Leaving Certificate, 1896
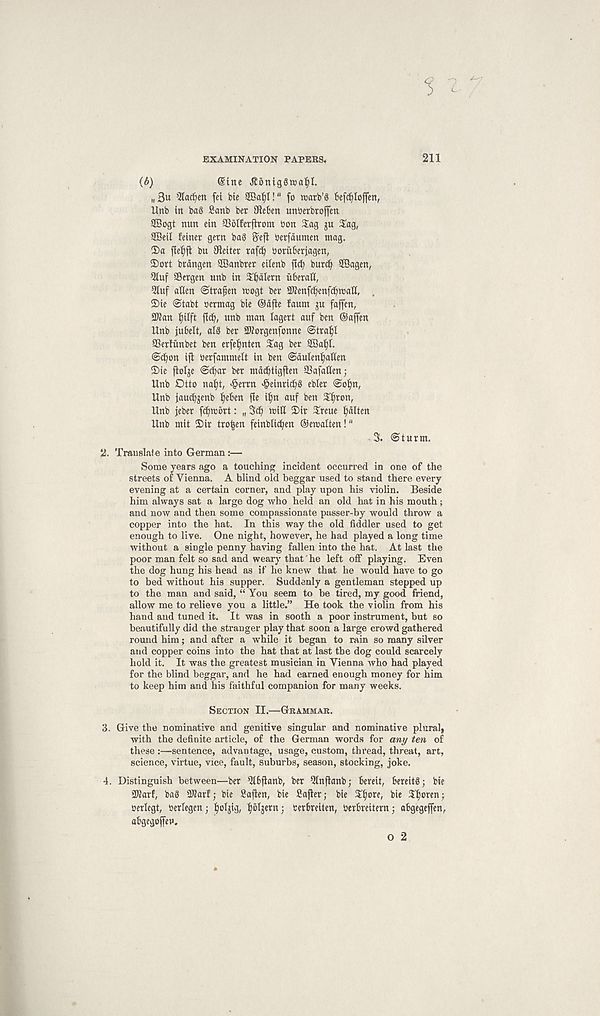
EXAMINATION PAPERS.
211
(6)
Sine Jtontggwafjl.
„ 3u ^ac^en fet Me 2Bafy[!" fo warb’6 Be^Ioffen,
Unb in ba§ Sanb ber 3Re6en unberbroffen
SBogt nun ein SSoIferfiront bon Sag ju Sag,
SBetl feinet gem bag 5efl berfaumen mag.
2)a fle^jl bu Oteiter rafcf) boritberjagen,
Sort bcangen SBanbrer eilenb flcfy burc^ SBagen,
Qluf SBergen unb in Sbdlern uberaO,
5luf atten ©tra^en mogt ber Sftenfcbenfcbrcaft,
2)ie @tabt bcrmag bie ®dfie faum ju faffen,
SWan fyilft ftcb, unb man lagert auf ben ©affen
Unb jubelt, alg ber SKorgenfonne @tra^l
SSertiinbet ben erfefjnten Sag ber SBa^I.
©ebon ijl berfammelt in ben @duten£)alien
2)ie jiolje @cf)ar ber mdcbtigfien SSafatten;
Unb Dtto na^t, dperrn «§einricb§ ebler ©o^n,
Unb jauebjenb b^ben fie ibn auf ben Sbron,
Unb jeber fcbwbrt: „ 3cb mitt 2)ir Sreue bditen
Unb mii 2)ir tro|en feinblitben ©emalten!"
% @turm.
2. Trauslaie into German:—
Some years ago a touching incident occurred in one of the
streets of Vienna. A blind old beggar used to stand there every
evening at a certain corner, and play upon his violin. Beside
him always sat a large dog who held an old hat in his mouth;
and now and then some compassionate passer-by would throw a
copper into the hat. In this way the old fiddler used to get
enough to live. One night, however, he had played a long time
without a single penny having fallen into the hat. At last the
poor man felt so sad and weary that he left off playing. Even
the dog hung his head as if he knew that he would have to go
to bed without his supper. Suddenly a gentleman stepped up
to the man and said, “ You seem to be tired, my good friend,
allow me to relieve you a little.” He took the violin from his
hand and tuned it. It was in sooth a poor instrument, but so
beautifully did the stranger play that soon a large crowd gathered
round him; and after a while it began to rain so many silver
and copper coins into the hat that at last the dog could scarcely
hold it. It was the greatest musician in Vienna who had played
for the blind beggar, and he had earned enough money for him
to keep him and his faithful companion for many weeks.
SECTION II.—GRAMMAR.
3. Give the nominative and genitive singular and nominative plural,
with the definite article, of the German words for any ten of
these :—sentence, advantage, usage, custom, thread, threat, art,
science, virtue, vice, fault, suburbs, season, stocking, joke.
4. Distinguish between—ber Qlbflanb, ber Qtnflanb; bereit, bereitg; bie
3Katf, bag SUarf; bie Saflen, bie Safler; bie $b ore /
Hjoren;
oerlegt, berlegen; b 0 ¥ib b^jern; terbreiten, berbreitern; abgegeffen,